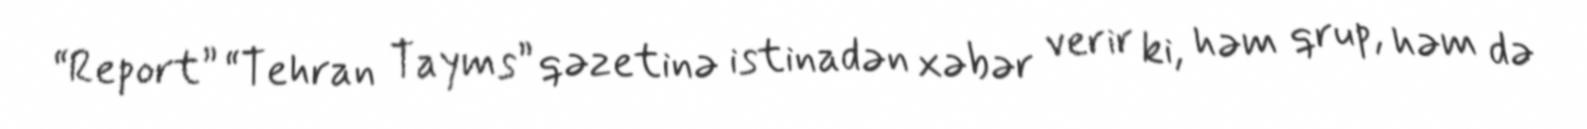
“Report” “Tehran Tayms” qəzetinə istinadən xəbər verir ki, həm qrup, həm də